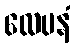
လေပနံ